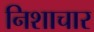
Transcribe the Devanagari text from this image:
निशाचार